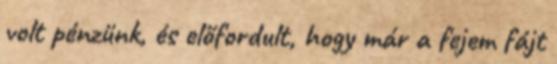
volt pénzünk, és előfordult, hogy már a fejem fájt